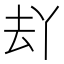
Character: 𱑣